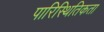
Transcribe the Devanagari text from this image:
पारिस्थितिकता